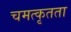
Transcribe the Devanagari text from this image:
चमत्कृतता